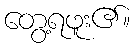
တွေ့ရဖူး၏။